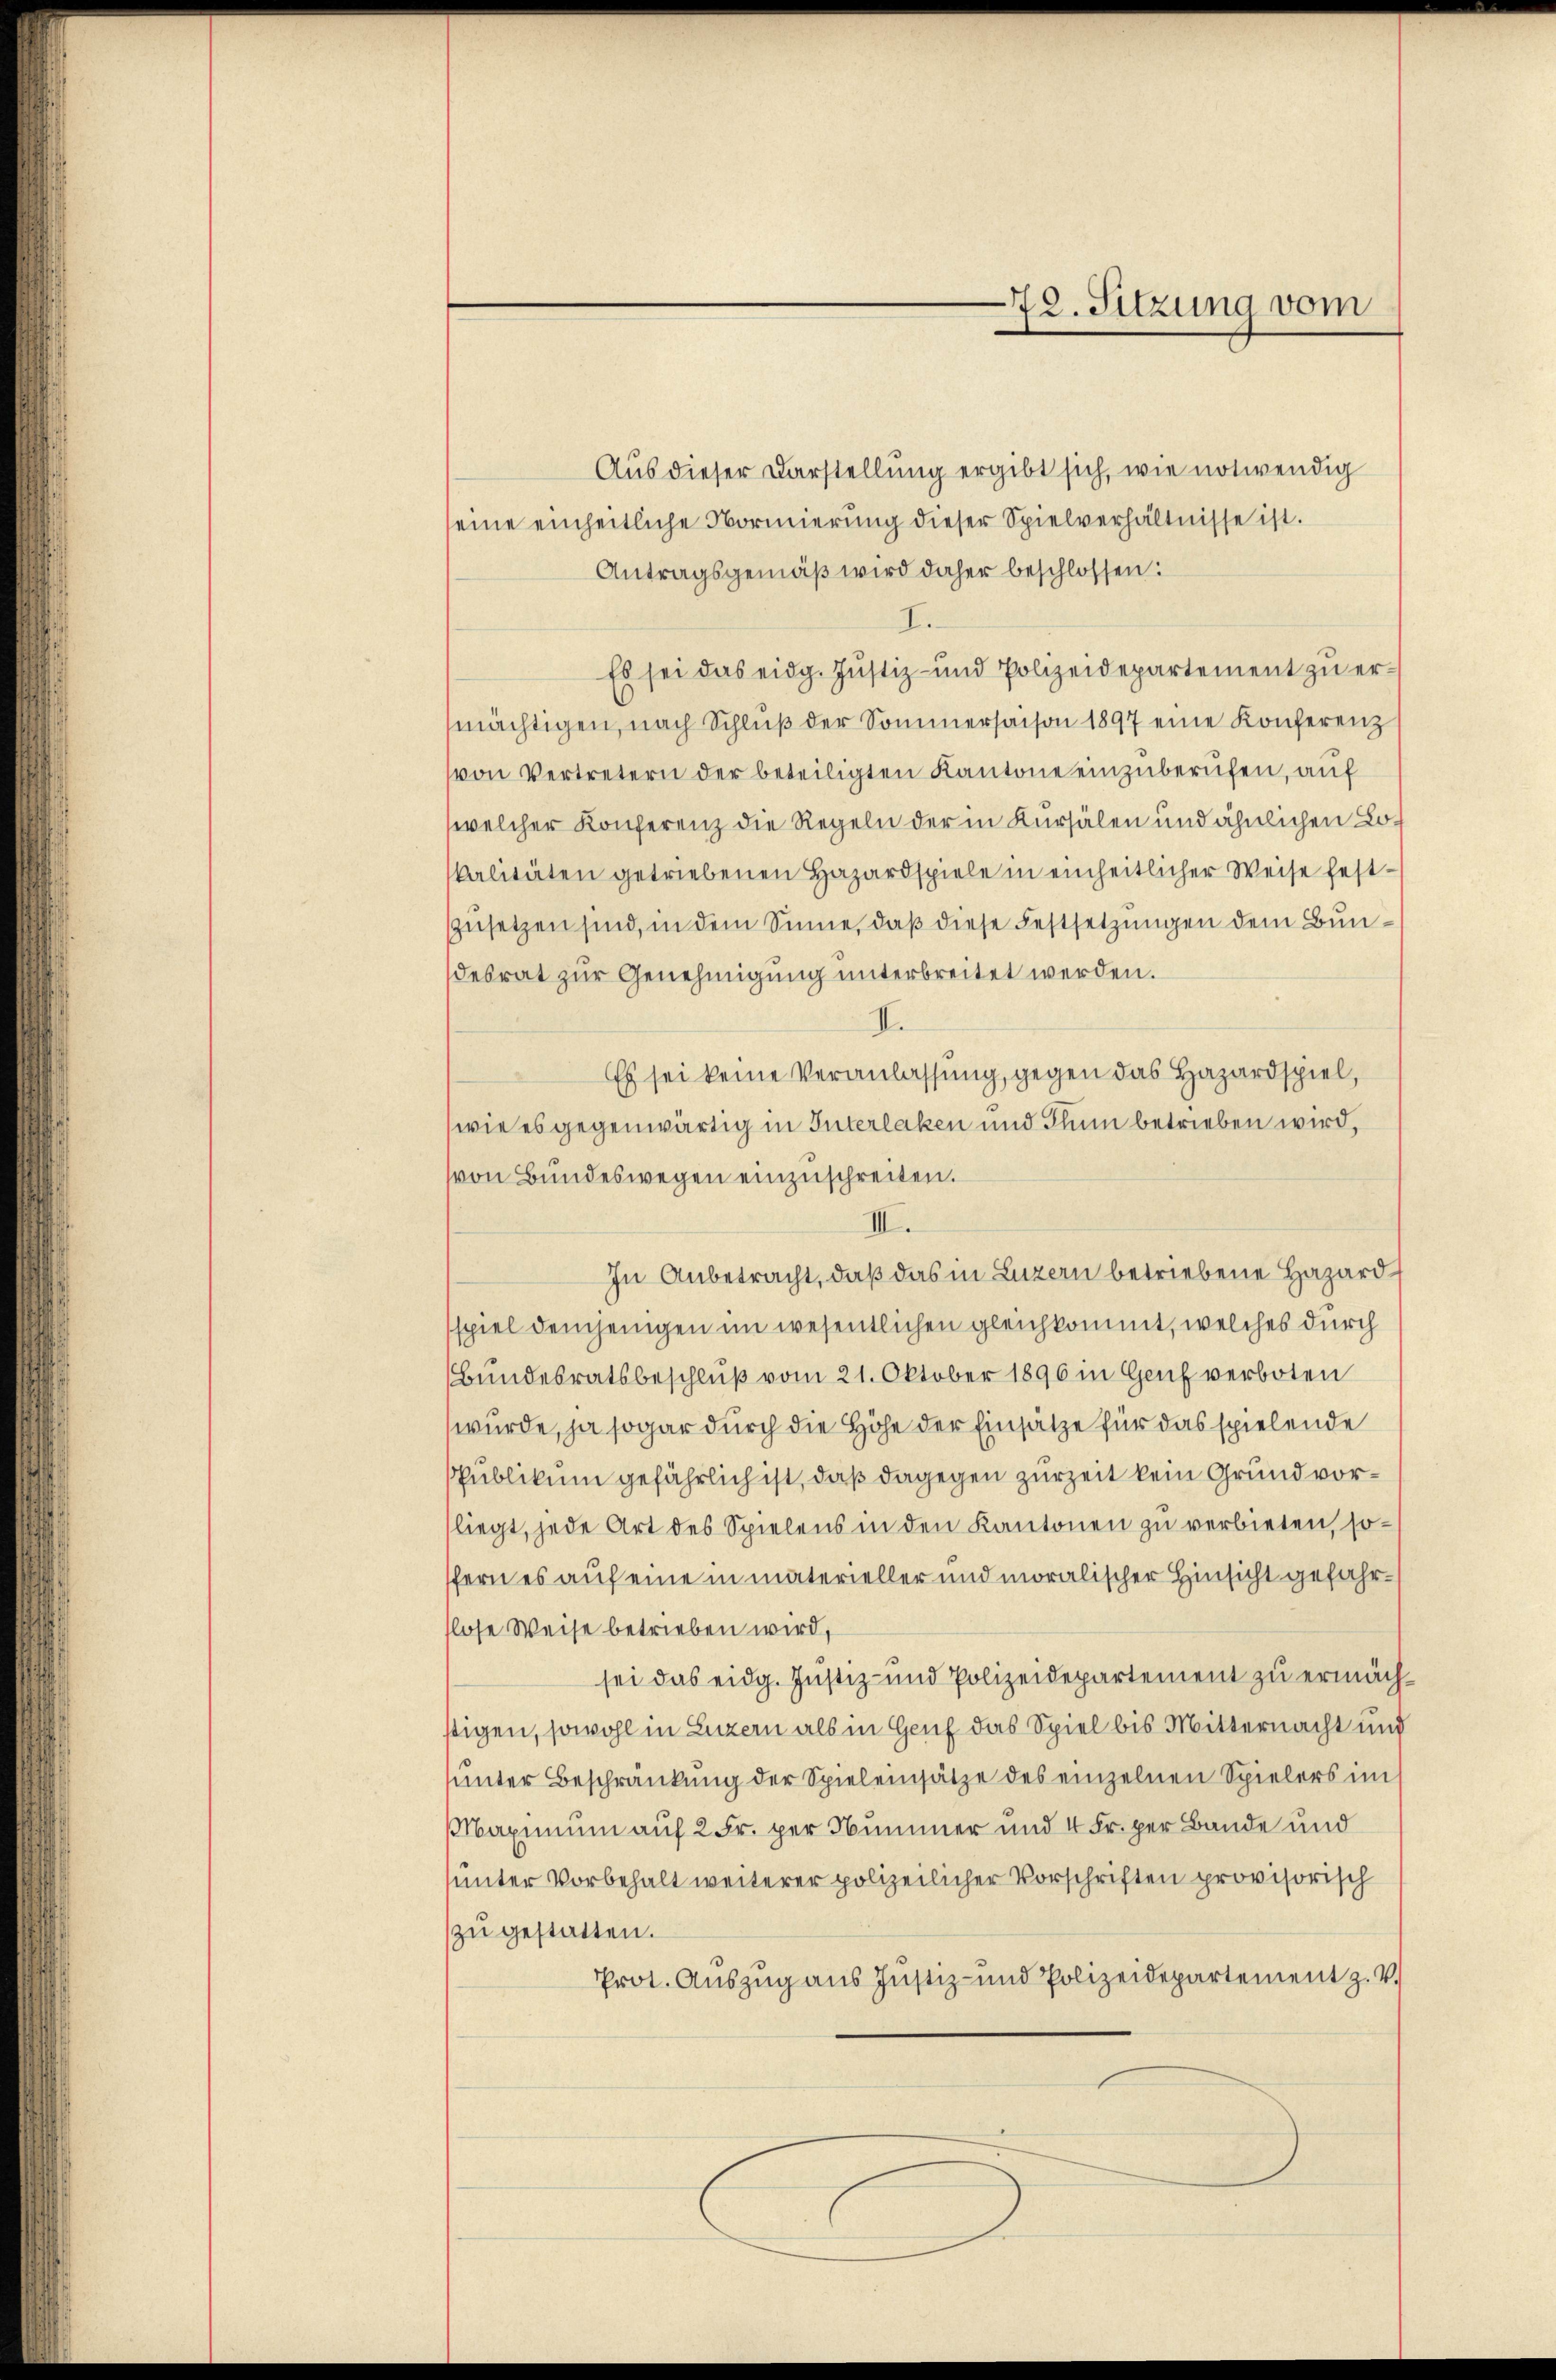
72. Sitzung vom

Aus dieser Darstellung ergibt sich, wie notwendig
seine einheitliche Normierŭng dieser Spielverhältnisse ist.
Antragsgemäß wird daher beschlossen:
I.
Es sei das eidg. Jŭstiz- und Polizeidepartement zŭ ermächtigen, nach Schlŭβ der Sommerhaison 1897 eine Konferenz
von Vertretern der beteiligten Kantone einzuberufen, auf
welcher Konferenz die Regeln der in Kursälen und ähnlichen Lokalitäten getriebenen Hazardspiele in einheitlicher Weise festzusetzen sind, in dem Sinne, daß diese Festsetzungen dem Bundesrat zur Genehmigung unterbreitet werden.
II.
Es sei keine Veranlassung, gegen das Hazardspiel,
wie es gegenwärtig in Interlaken und Thun betrieben wird,
von Bundeswegen einzuschreiten.
III.
In Anbetracht, daß das in Luzern betriebene Hazard
spiel demjenigen im wesentlichen gleichkommt, welches durch
Bundesratsbeschluß vom 21. Oktober 1896 in Genf verboten
wurde, ja sogar durch die Höhe der Einsätze für das spielende
spublikum gefährlich ist, daß dagegen zurZeit kein Grund vorliegt, jede Art des Spielens in den Kantonen zŭ verbieten, so
fern es auf eine in materieller und moralischer Hinsicht gefahrslose Weise betrieben wird,
sei das eidg. Justiz- und Polizeidepartement zu ermächstigen, sowohl in Luzern als in Genf das Spiel bis Mitternacht und
unter Beschränkung der Spieleinsätze des einzelnen Spielers im
Maximum auf 2 Fr. per Nummer und 4 Fr. per Bande und
unter Vorbehalt weiterer polizeilicher Vorschriften provisorisch
zu gestatten.
Prot. Aŭszŭg ans Justiz- und Polizeidepartement z. v.